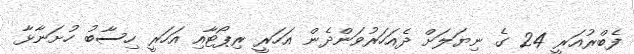
ފެބްރުއަރީ 24 ގެ ނިޔަލަށް ދެއަހަރުވަންދެން އަހަރީ ރިޕޯޓާއި އަހަރީ ހިސާބު ހުށަނާޅާ